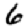
Digit: 6